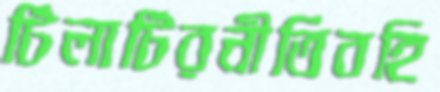
টিলাটিরনীতিবহি